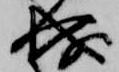
成